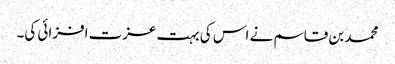
محمد بن قاسم نے اس کی بہت عزت افزائی کی۔